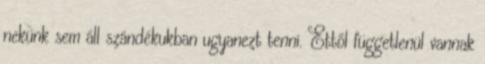
nekünk sem áll szándékukban ugyanezt tenni. Ettől függetlenül vannak